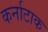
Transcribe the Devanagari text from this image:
कर्नाटाक